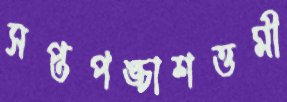
সপ্তপঙ্চাশত্তমী